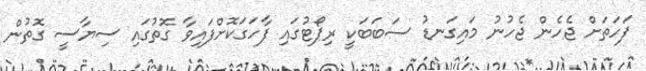
ފަހަތަށް ޖެހެން ޖެހުނު މައިގަނޑު ސަބަބަކީ ރިޕޯޓުގައި ފާހަގަކޮށްފައިވާ ގޮތުގައި ސިޔާސީ ގޮތުން